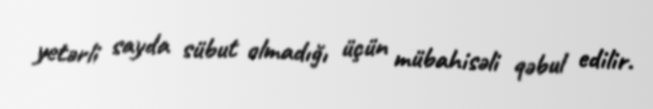
yetərli sayda sübut olmadığı üçün mübahisəli qəbul edilir.